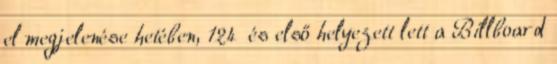
el megjelenése hetében, 124 és első helyezett lett a Billboard